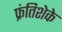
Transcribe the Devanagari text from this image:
फ्रंतिशेके